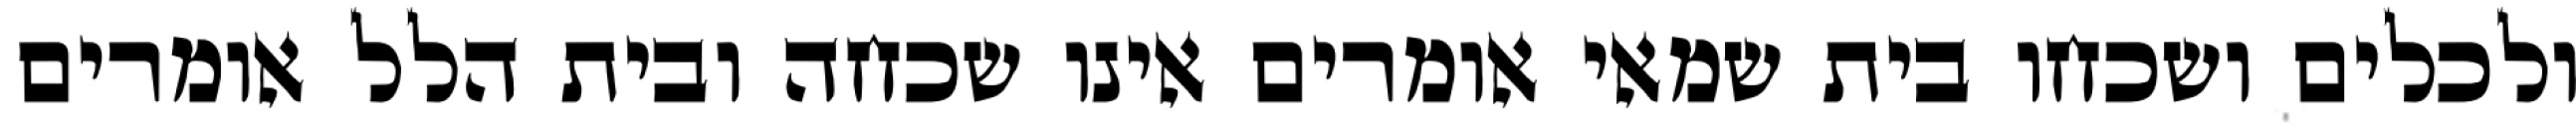
ולכלים ושכחו בית שמאי אומרים אינו שכחה ובית הלל אומרים